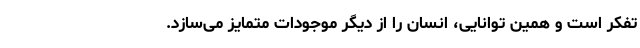
تفکر است و همین توانایی، انسان را از دیگر موجودات متمایز می‌سازد.